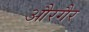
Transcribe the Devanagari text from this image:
औरगैर